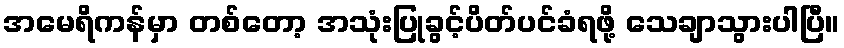
အမေရိကန်မှာ တစ်တော့ အသုံးပြုခွင့်ပိတ်ပင်ခံရဖို့ သေချာသွားပါပြီ။